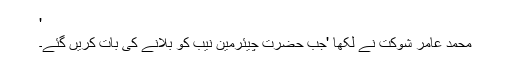
'
محمد عامر شوکت نے لکھا 'جب حضرت چیئرمین نیب کو بلانے کی بات کریں گئے۔